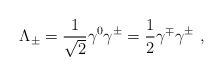
\begin{align*}\Lambda_{\pm} = \frac{1}{\sqrt{2}} \gamma^0 \gamma^{\pm} =\frac{1}{2} \gamma^\mp \gamma^{\pm}\ ,\end{align*}